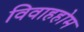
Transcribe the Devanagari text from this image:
विवाहहोम